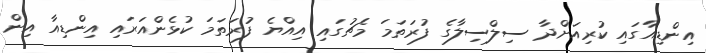
އިންޑިއާގައި ކުރިއަށްދާ ސިލްސިލާގެ ފުރަތަމަ މެޗުގައި އިއްޔެ ފުރަތަމަ ކުޅެންއަރައި އިންޑިއާ އިން